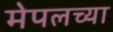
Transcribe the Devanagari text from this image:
मेपलच्या